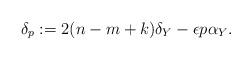
LaTeX: \begin{align*}\delta_p := 2(n - m + k)\delta_Y - \epsilon p \alpha_Y.\end{align*}